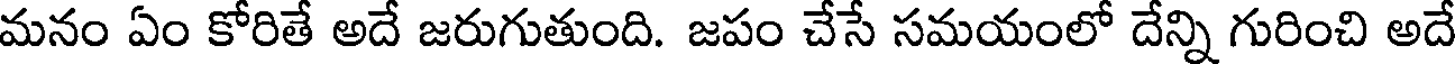
మనం ఏం కోరితే అదే జరుగుతుంది. జపం చేసే సమయంలో దేన్ని గురించి అదే